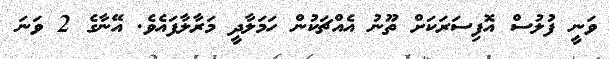
ވަނީ ފުލުސް އޮފިސަރަކަށް ތޫނު އެއްޗަކުން ހަމަލާދީ މަރާލާފައެވެ. އޭނާގެ 2 ވަނަ